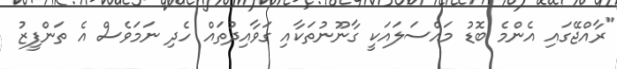
"ރާއްޖޭގައި އެންމެ ބޮޑު މައްސަލައަކީ ގާނޫނުތަކާއި ގަވާއިދުތައް ހެދި ނަމަވެސް އެ ތަންފީޒު